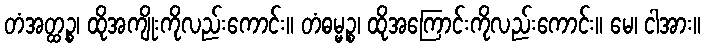
တံအတ္ထဉ္စ၊ ထိုအကျိုးကိုလည်းကောင်း။ တံဓမ္မဉ္စ၊ ထိုအကြောင်းကိုလည်းကောင်း။ မေ၊ ငါအား။